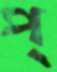
প্